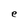
Character: e